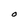
Character: O